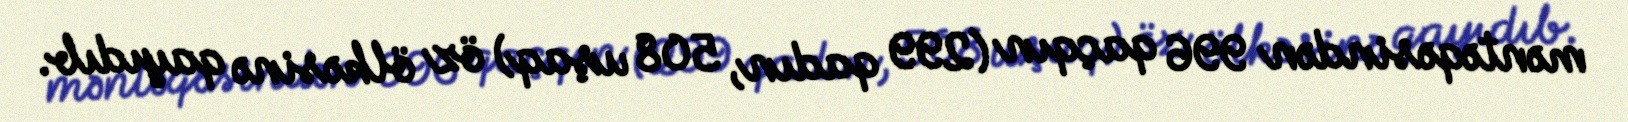
məntəqəsindən 996 qaçqın (299 qadın, 508 uşaq) öz ölkəsinə qayıdıb.